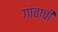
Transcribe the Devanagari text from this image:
गांवाची